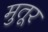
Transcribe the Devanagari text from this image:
मुतूर